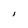
Character: l